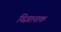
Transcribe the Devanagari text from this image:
विज्ञानाक